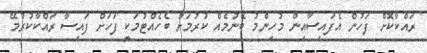
ރައްކާކޮށް ފަހުން އެފައިސާއިން މުހިންމު ބޭނުމެއް ކުރުމަށް ބެހެއްޓުމަކީ ފަހަށް ފައިސާ ރައްކާކުރުމޭ